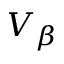
V _ { \beta }